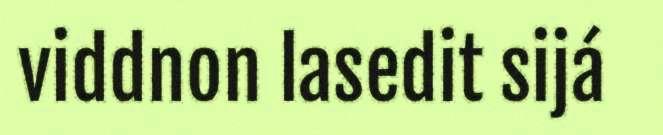
viddnon lasedit sijá